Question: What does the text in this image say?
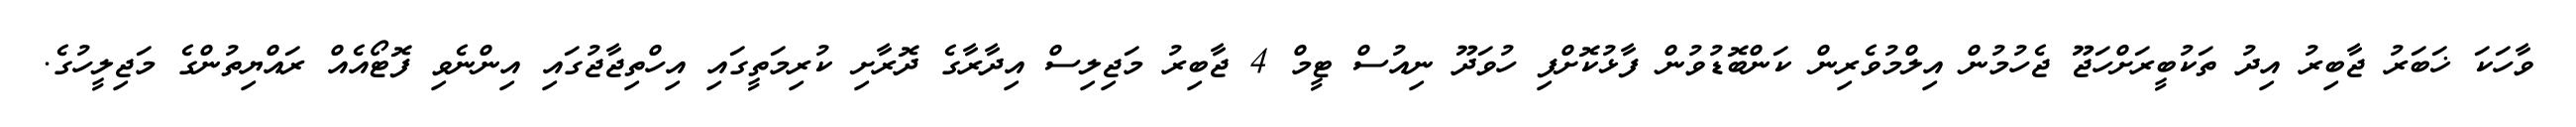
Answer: ވާހަކަ ޚަބަރު ޖާބިރު އިދު ތަކުބީރަށްހަޖޫ ޖެހުމުން އިލްމުވެރިން ކަންބޮޑުވުން ފާޅުކޮށްފި ހުވަދޫ ނިއުސް ޓީމް 4 ޖާބިރު މަޖިލިސް އިދާރާގެ ދޮރާށި ކުރިމަތީގައި އިހްތިޖާޖުގައި އިންނެވި ފޮޓޯއެއް ރައްޔިތުންގެ މަޖިލީހުގެ.